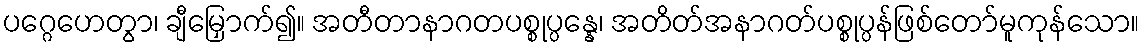
ပဂ္ဂေဟေတွာ၊ ချီမြှောက်၍။ အတီတာနာဂတပစ္စုပ္ပန္နေ၊ အတိတ်အနာဂတ်ပစ္စုပ္ပန်ဖြစ်တော်မူကုန်သော။